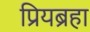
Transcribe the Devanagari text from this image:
प्रियब्रहा